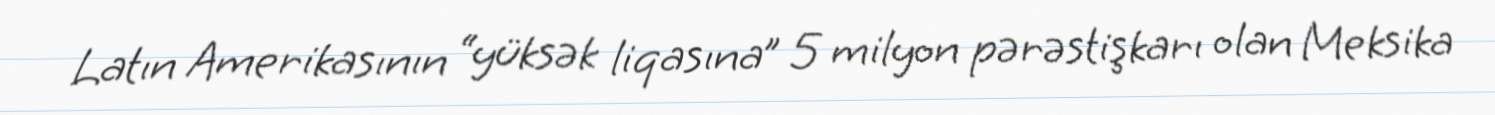
Latın Amerikasının “yüksək liqasına” 5 milyon pərəstişkarı olan Meksika